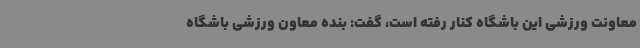
معاونت ورزشی این باشگاه کنار رفته است، گفت: بنده معاون ورزشی باشگاه